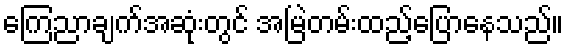
ကြေညာချက်အဆုံးတွင် အမြဲတမ်းထည့်ပြောနေသည်။